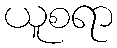
ယူစရာ